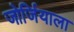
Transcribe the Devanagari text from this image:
जोर्जियाला